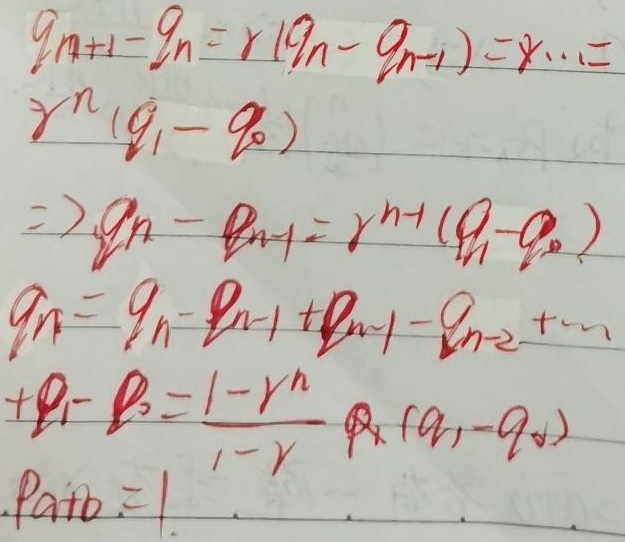
\[
\begin{align*}
q_{n + 1}-q_n&=\gamma(q_n - q_{n - 1})=\gamma\cdots=\gamma^n(q_1 - q_0)\\
\Rightarrow q_n - q_{n - 1}&=\gamma^{n - 1}(q_1 - q_0)\\
q_n&=q_n - q_{n - 1}+q_{n - 1}-q_{n - 2}+\cdots+q_1 - q_0=\frac{1-\gamma^n}{1 - \gamma}\times(q_1 - q_0)\\
p_{a + b}&=1
\end{align*}
\]